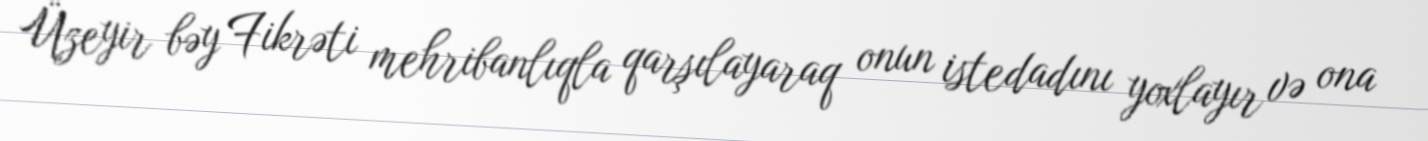
Üzeyir bəy Fikrəti mehribanlıqla qarşılayaraq onun istedadını yoxlayır və ona